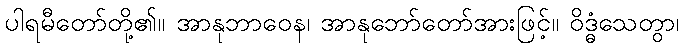
ပါရမီတော်တို့၏။ အာနုဘာဝေန၊ အာနုဘော်တော်အားဖြင့်။ ဝိဒ္ဓံသေတွာ၊